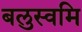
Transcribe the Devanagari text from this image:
बलुस्वमि